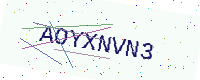
Text: AOYXNVN3